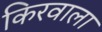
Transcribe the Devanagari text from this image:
किरवाला